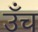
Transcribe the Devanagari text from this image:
उँच